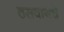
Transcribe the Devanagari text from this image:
ठसवायचे